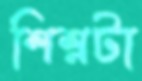
শিশ্নটা